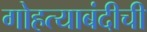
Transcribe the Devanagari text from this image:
गोहत्याबंदीची